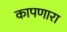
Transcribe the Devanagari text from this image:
कापणारा